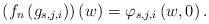
LaTeX: \begin{align*}\left(f_{n}\left(g_{s,j,i}\right)\right)\left(w\right)=\varphi_{s,j,i}\left(w,0\right).\end{align*}